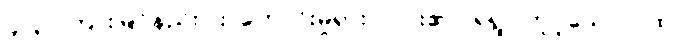
၄၂၃။ ကြားမြင်နည်းပါး၊ ကောင်းမှုရှား၊ လား၏ ငရဲရွာ ဟူူသော ဂါထာ၊